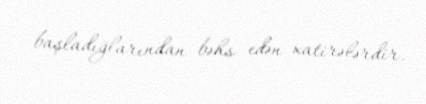
başladığlarından bəhs edən xatirələrdir.